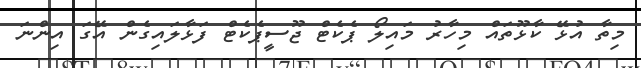
މިތާ އުޅޭ ކާޅޫތައް މިހާރު މައިލޯ ޕެކެޓް ޖޫސީޕެކެޓް ފަޅާލައިގެން އޭގަ އިންނަ